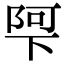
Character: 𮥌